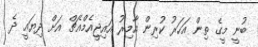
ބުނީ މީގެ ތިން އަހަރު ކުރިން އާމިރު އައިޖީއެމްއެޗް އަށް ދިޔައީ ދެ